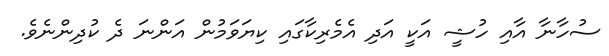
ސުހާނާ އާއި ހުޝީ އަކީ އަދި އެމެރިކާގައި ކިޔަވަމުން އަންނަ ދެ ކުދިންނެވެ.